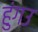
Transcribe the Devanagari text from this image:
हुंगउ